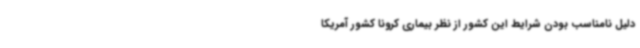
دلیل نامناسب بودن شرایط این کشور از نظر بیماری کرونا کشور آمریکا